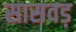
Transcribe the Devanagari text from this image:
सासवड़